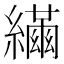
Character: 𦆐